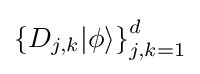
\left\{D_{j,k}|\phi \rangle \right\}_{j,k=1}^{d}